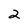
Character: 2